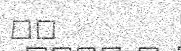
٩٢